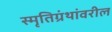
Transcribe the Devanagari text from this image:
स्मृतिग्रंथांवरील